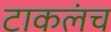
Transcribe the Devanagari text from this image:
टाकलंच